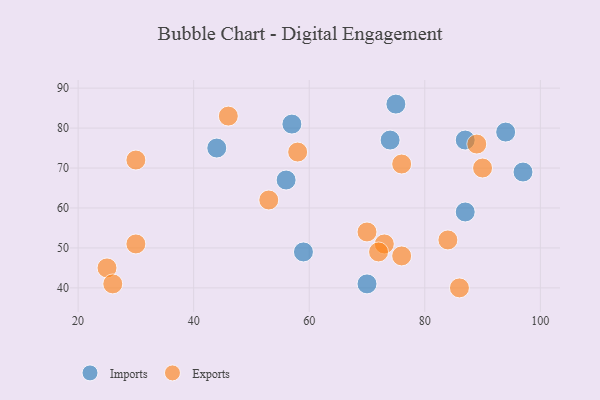
{"axis": {"x": "GDP", "y": "Life Expectancy"}, "legend": ["Exports", "Imports"], "data": [{"x": "94", "y": 79, "type": "Imports"}, {"x": "56", "y": 67, "type": "Imports"}, {"x": "97", "y": 69, "type": "Imports"}, {"x": "74", "y": 77, "type": "Imports"}, {"x": "70", "y": 41, "type": "Imports"}, {"x": "59", "y": 49, "type": "Imports"}, {"x": "87", "y": 77, "type": "Imports"}, {"x": "57", "y": 81, "type": "Imports"}, {"x": "87", "y": 59, "type": "Imports"}, {"x": "44", "y": 75, "type": "Imports"}, {"x": "75", "y": 86, "type": "Imports"}, {"x": "76", "y": 71, "type": "Exports"}, {"x": "25", "y": 45, "type": "Exports"}, {"x": "46", "y": 83, "type": "Exports"}, {"x": "53", "y": 62, "type": "Exports"}, {"x": "84", "y": 52, "type": "Exports"}, {"x": "70", "y": 54, "type": "Exports"}, {"x": "30", "y": 51, "type": "Exports"}, {"x": "30", "y": 72, "type": "Exports"}, {"x": "90", "y": 70, "type": "Exports"}, {"x": "73", "y": 51, "type": "Exports"}, {"x": "58", "y": 74, "type": "Exports"}, {"x": "26", "y": 41, "type": "Exports"}, {"x": "72", "y": 49, "type": "Exports"}, {"x": "89", "y": 76, "type": "Exports"}, {"x": "86", "y": 40, "type": "Exports"}, {"x": "76", "y": 48, "type": "Exports"}]}